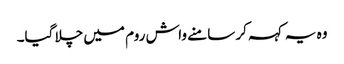
وہ یہ کہہ کر سامنے واش روم میں چلا گیا۔